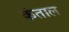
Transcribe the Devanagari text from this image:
कंताल